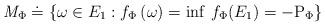
LaTeX: \begin{align*}\mathit{M}_{\Phi }\doteq \left\{ \omega \in E_{1}:f_{\Phi }\left( \omega\right) =\inf \,f_{\Phi }(E_{1})=-\mathrm{P}_{\Phi }\right\}\end{align*}